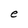
Character: e